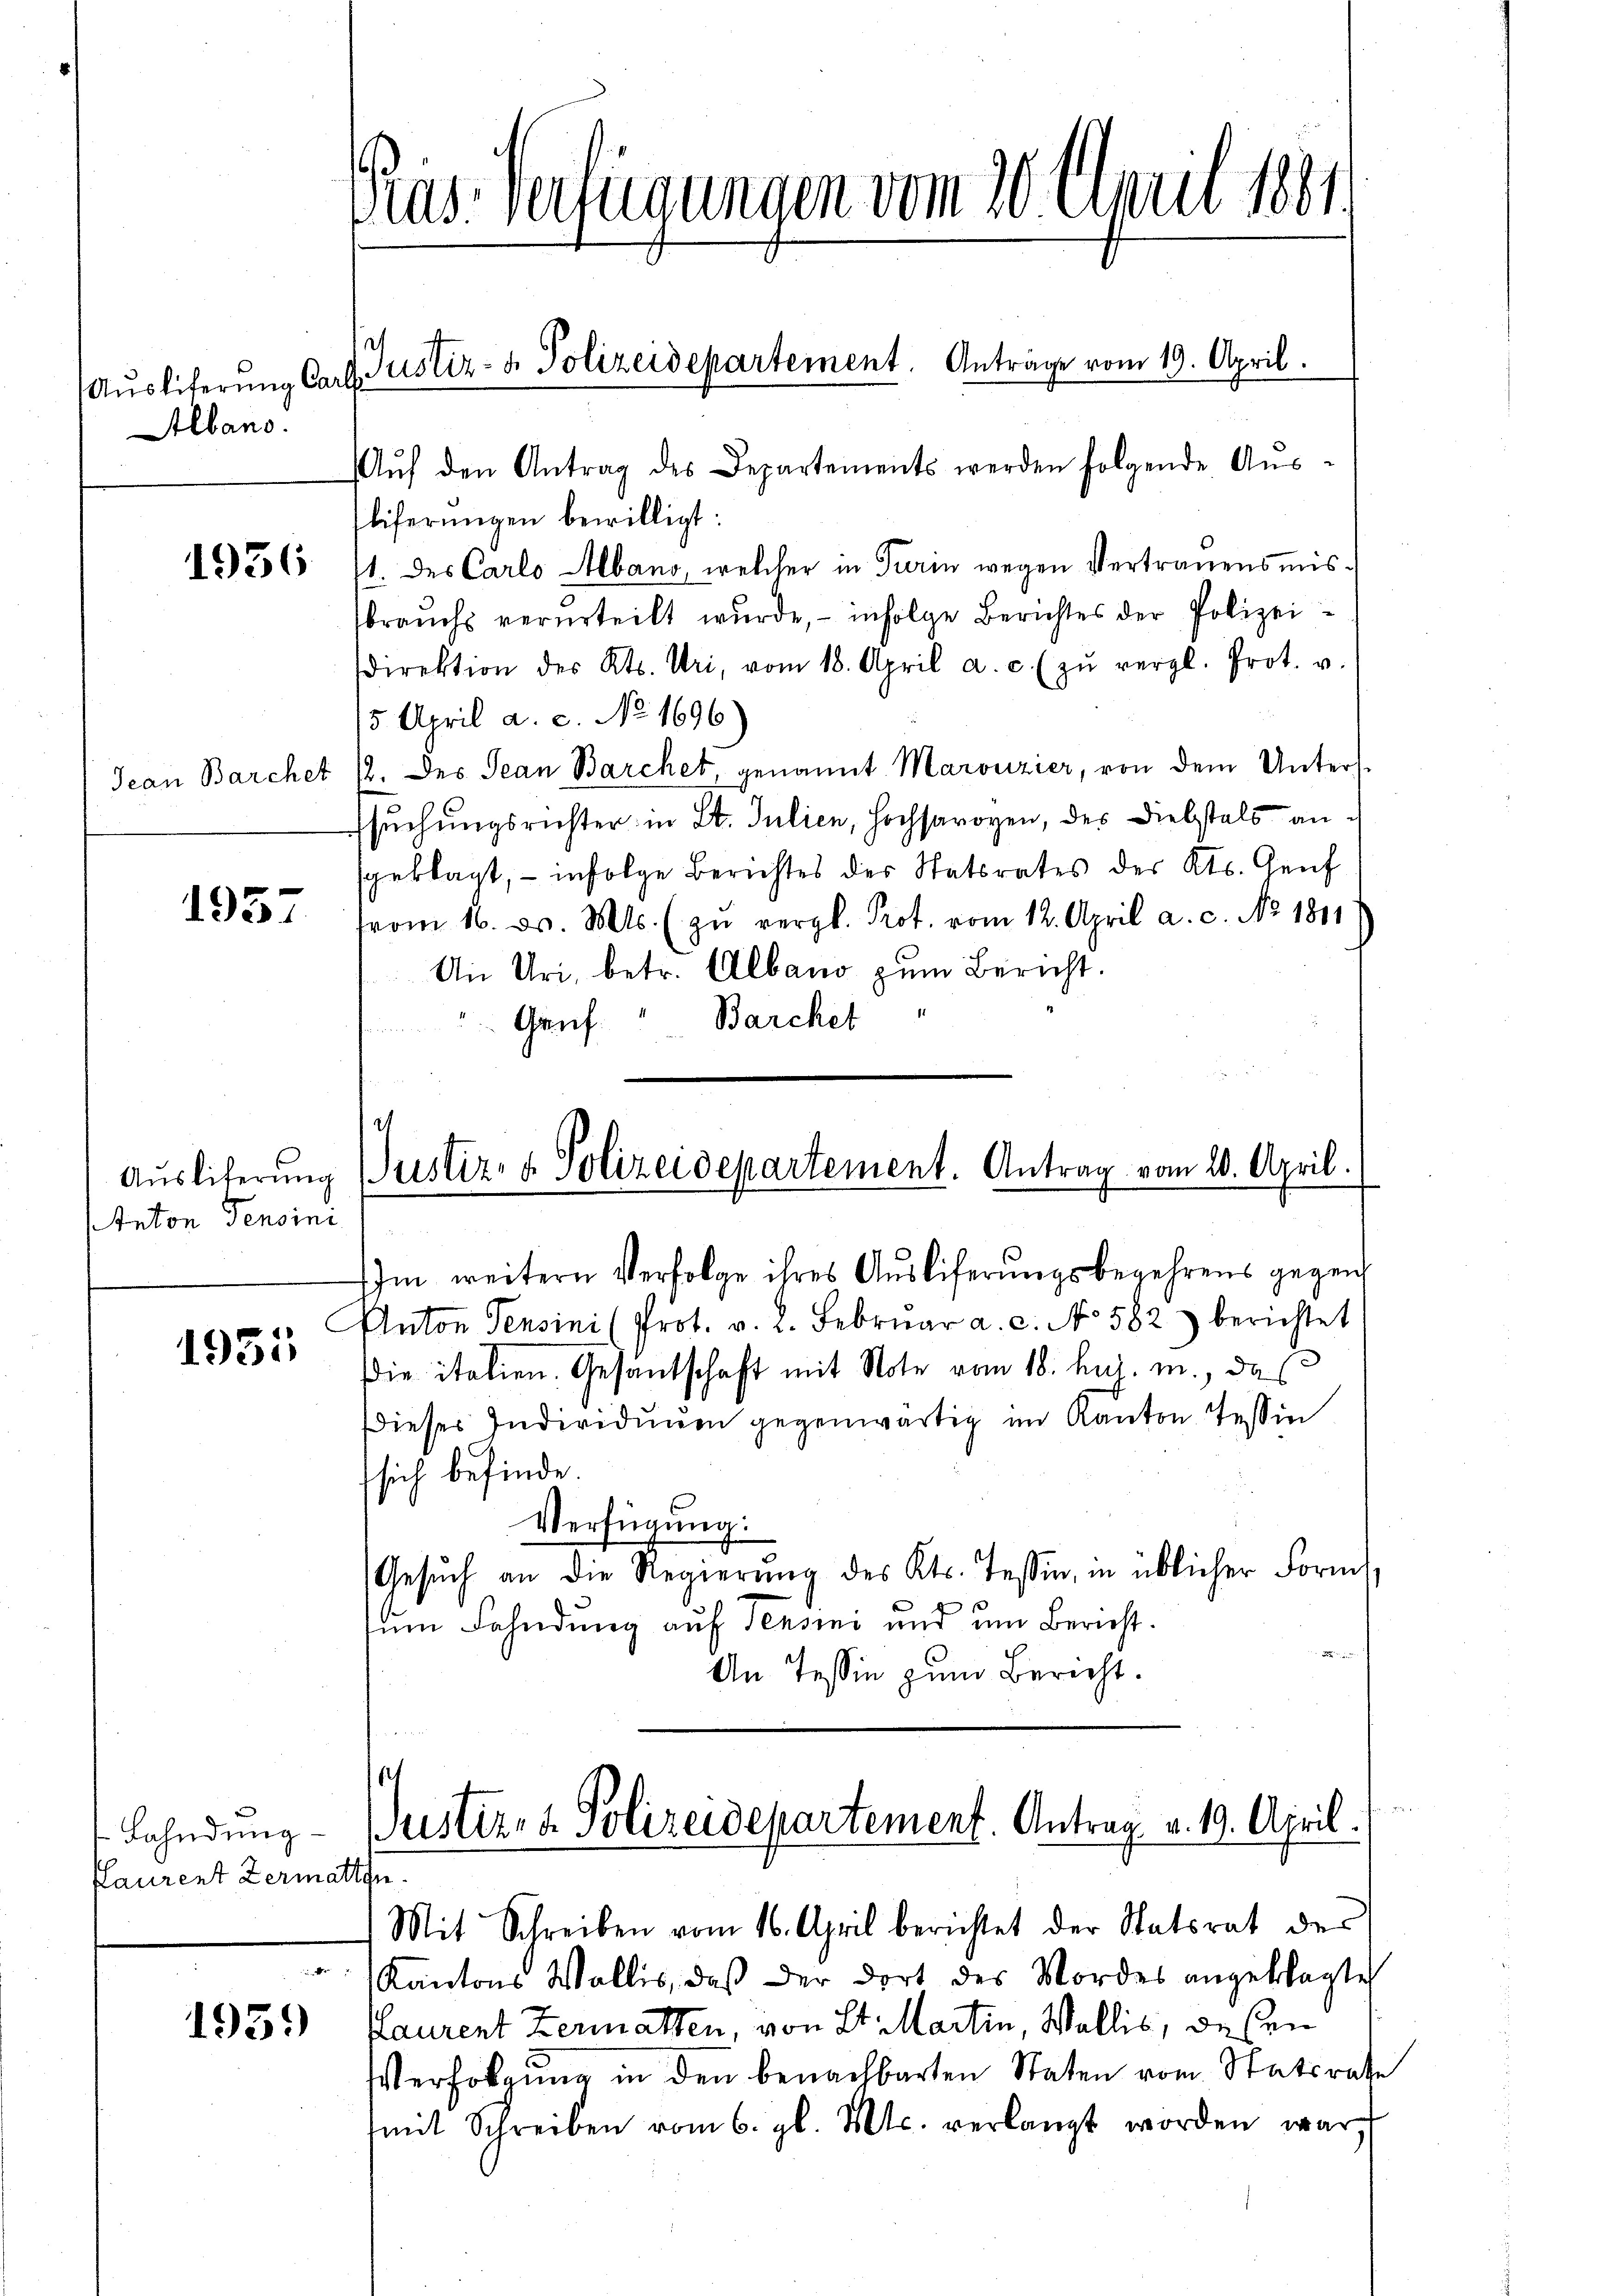
Albano.

1936

1957

Auslieferung
Anton Pensini

1951

Bahndung
Plaurent Zermatten

1959)

pras. Verfügungen vom 20. April 1881

Aŭf den Antrag des Departements werden folgende Aŭs-
liferŭngen bewilligt:
1. des Carlo Albano, welcher in Turin wegen Vertrauensmissbrauch verurteilt wurde, – infolge Berichtes der Polizeidirektion des Kts. Uri, vom 18. April a. c. zŭ vergl. Prot. u.
5 April a. c. No. 1696)
Jean Barchet (2. des Jean Barchet, genannt Marouzier, von dem Unters.
ssuchungsrichter in St. Julien, hochsarogen, des Diebstals angeklagt, - infolge Berichtes des Statsrates des Kts. Genf
from 16. d. Mts. (zŭ vergl. Prot. vom 12. April a. c. No. 1811.
An Uri, betr. Alband zum Bericht.
Gruf. " Barchet

Aŭsliferŭng Carl Justiz- & Polizeidepartement. Anträge vom 19. April.

Im weitern Verfolge ihres Auslieferungsbegehrens gegen
Anton Pensini (Prot. v. 2. Febrŭar a. c. No 582) berichtet
die italien. Gesandschaft mit Note vom 18. huj. m., das
Dieses Individuum gegenwärtig im Kanton Tessin
sich befinde.
Verfügung:
Gesŭch an die Regierŭng des Kts. Tessin, in üblicher Formt,
zum Fahndung auf Pensini und um Bericht.
An Tessin zum Bericht.

c
Justiz- & Polizeidepartement. Antrag vom 20. April.

e
Justiz- & Polizeidepartement. Antrag v. 19. April.
Mit Schreiben vom 16. April berichtet der Statsrat des

Kantons Wallis, daß der dort des Mordes angeklagte
Maurent Zermatten, von St. Martin, Wallis, deßen
Verfolgung in den benachbarten Staten vom Statsrate
mit Schreiben vom 6. gl. Mts. verlangt worden war